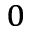
_ { 0 }